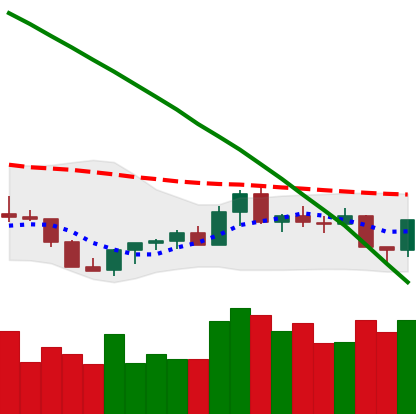
Ticker: XLM-USD
Chart end date: 2022-07-27
Forward return: 5.44%
Label: up_5_7